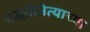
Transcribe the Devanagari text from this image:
पद्धतीनेत्याच्या